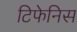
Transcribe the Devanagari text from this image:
टिफेनिस